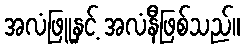
အလံဖြူနှင့် အလံနီဖြစ်သည်။